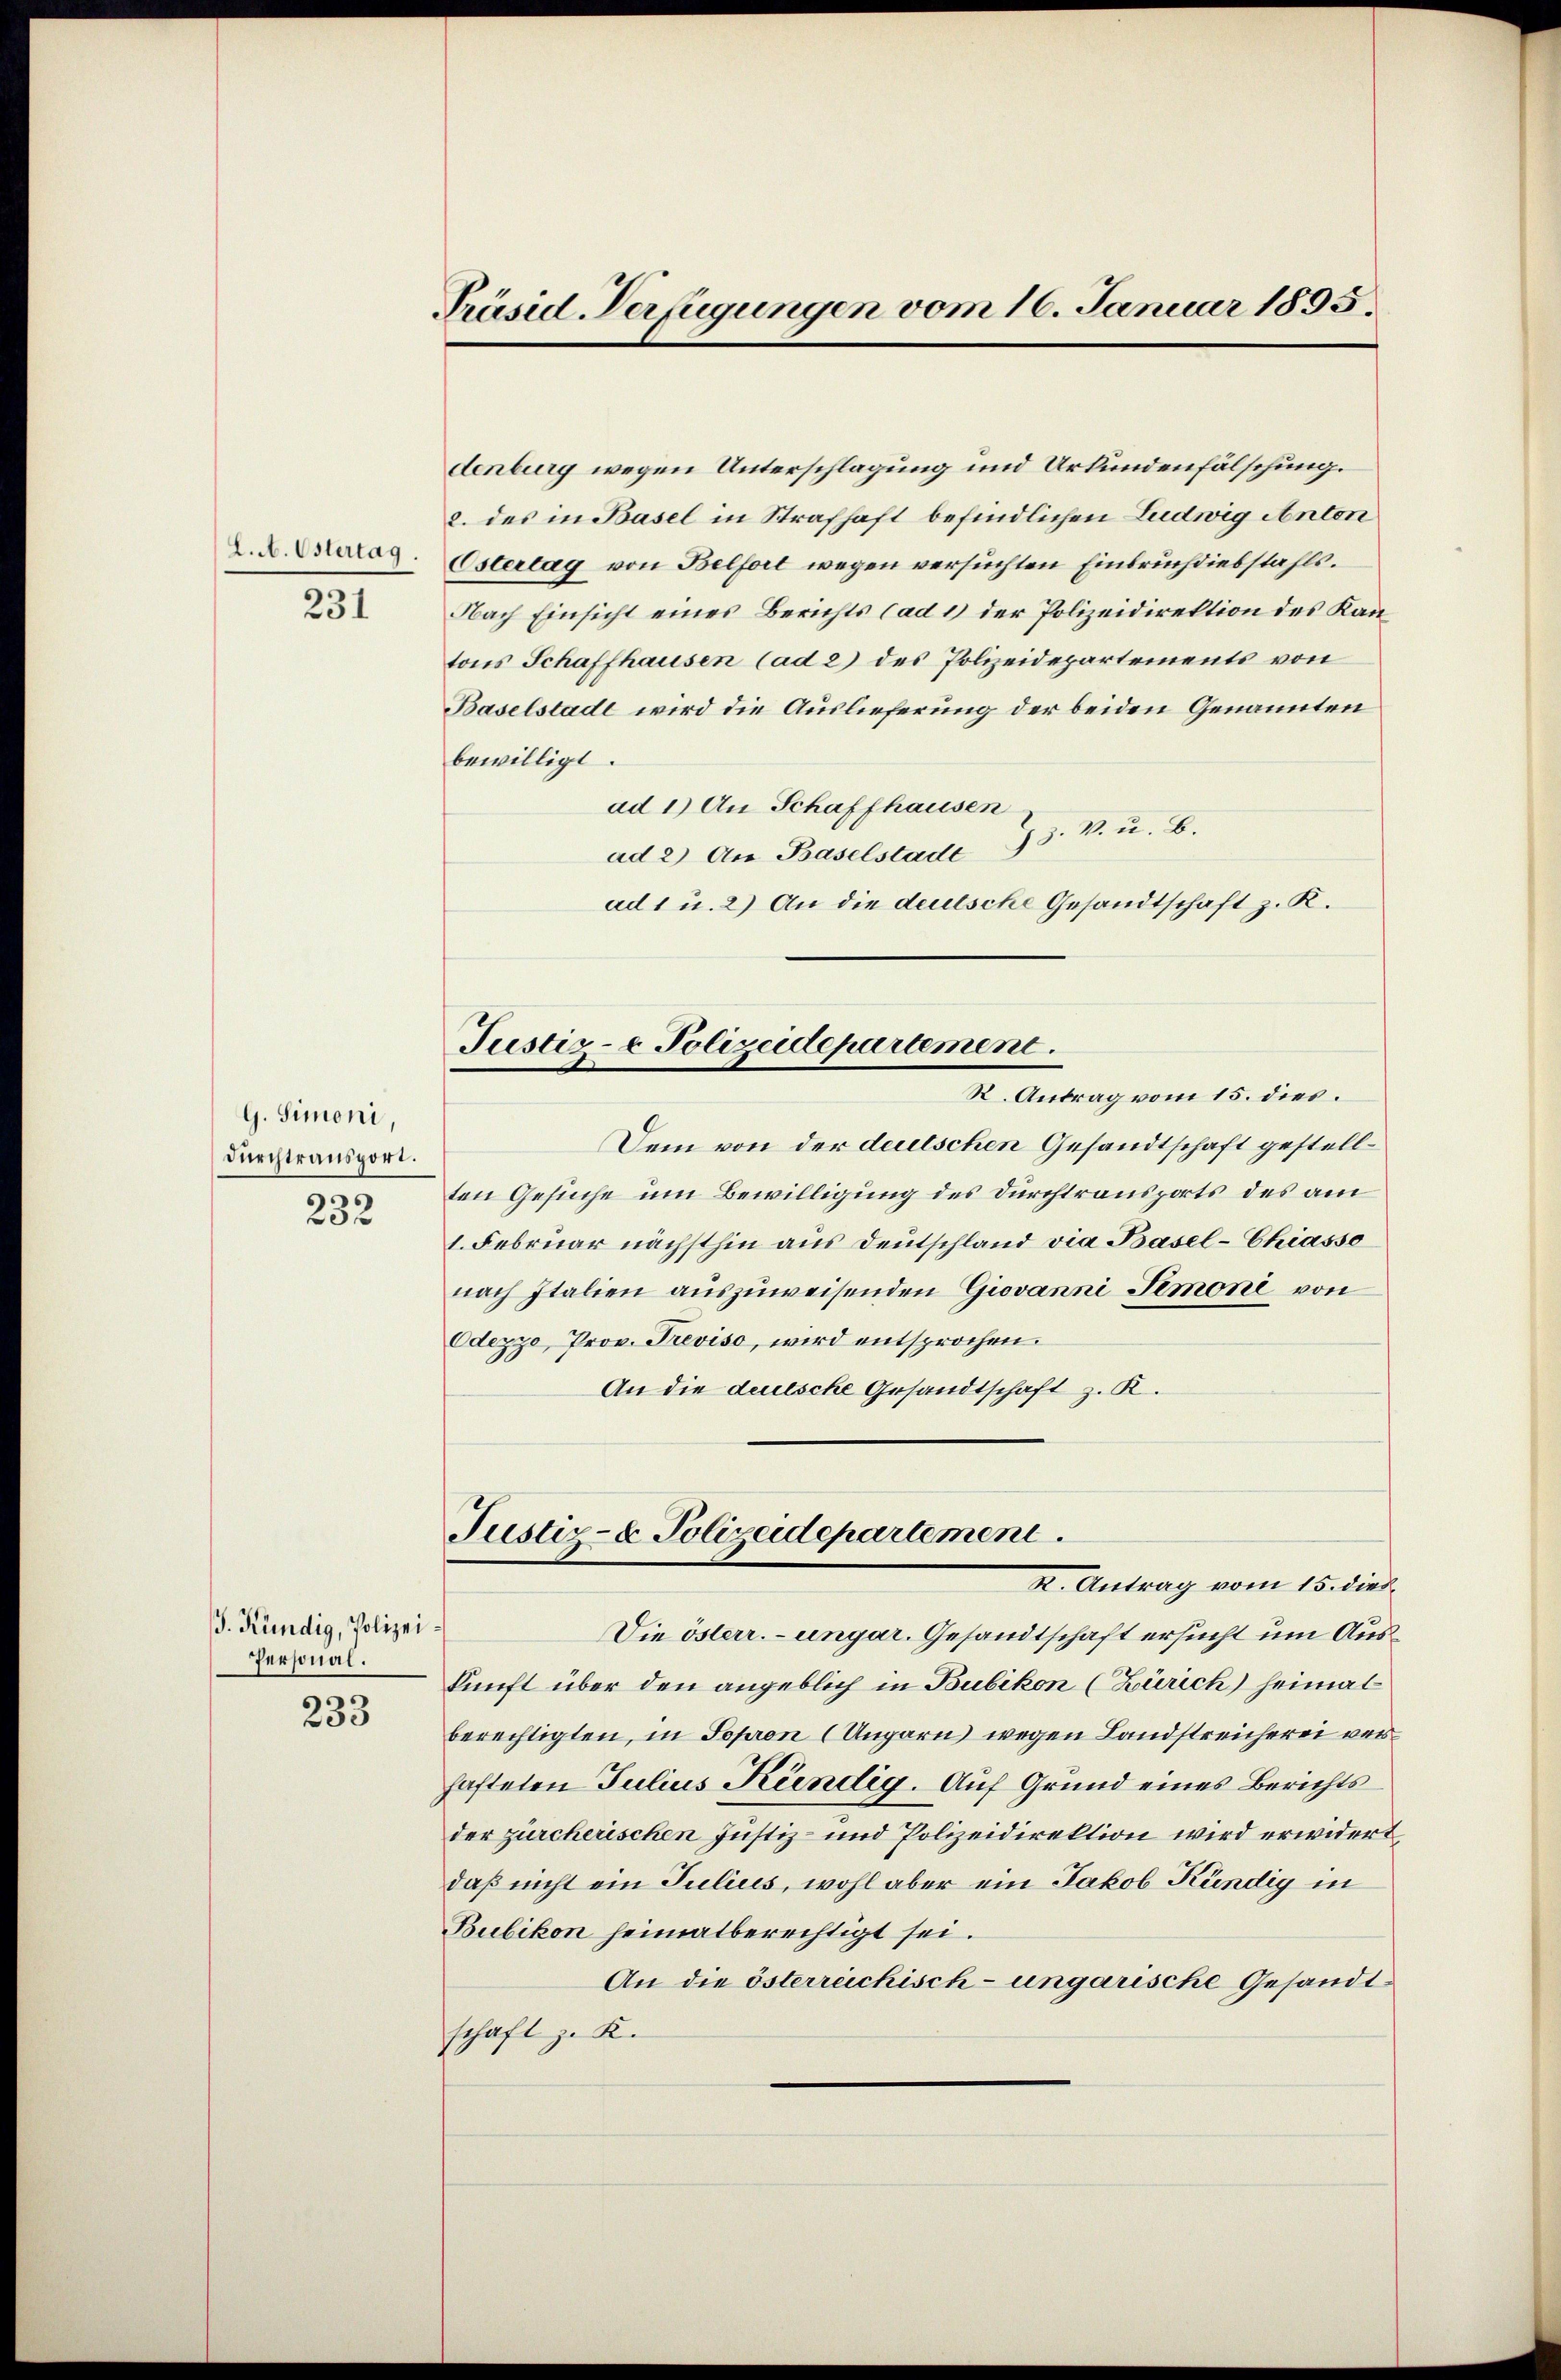
L. A. Ostertag

231

G. Simoni
durchtransport.
e
252

. Kündig, Polizei¬
Personal.

233

Präsid. Verfügungen vom 16. Januar 1895.

Justiz- & Polizeidepartement.
X. Antrag vom 15. dies

denburg wegen Unterschlagung und Urkundenfälschung.
2. des in Basel in Strafhaft befindlichen Ludwig Anton
Ostertag von Belfort wegen versuchten Einbruchdiebstahls.
Nach Einsicht eines Berichts Cad 1) der Polizeidirektion des Kantons Schaffhausen (ad 2) des Polizeidepartements von
Baselstadt wird die Auslieferung der beiden Genannten
bewilligt.
ad 1) An Schaffhausen
ad 2) An Baselstade 73. k. u. B.
ad 1 u. 2) An die deutsche Gesandtschaft z. R.
Justiz- & Polizeidepartement.
R. Antrag vom 15. dies.
Dem von der deutschen Gesandtschaft gestellten Gesuche um Bewilligung des Durchtransports des am
1. Februar nächsthin aus Deutschland via Basel-Chiasso
nach Italien auszuweisenden Giovanni Simoni von
Odezzo, Prov. Treviso, wird entsprochen.
An die deutsche Gesandtschaft z. R.

Die österr.-ungar. Gesandtschaft ersucht um Auskunft über den angeblich in Bubikon (Zürich) heimat
berechtigten, in Topron (Ungarn wegen Landstreicherei verhafteten Julius Kündig. Auf Grund eines Berichts
der zürcherischen Justiz- und Polizeidirektion wird erwidert,
daß nicht ein Julius, wohl aber ein Jakob Kündig in
Bubikon heimatberechtigt sei.
An die österreichisch-ungarische Gesandtschaft z. K.